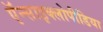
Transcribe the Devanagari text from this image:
ऍन्साइक्लोपीडिया